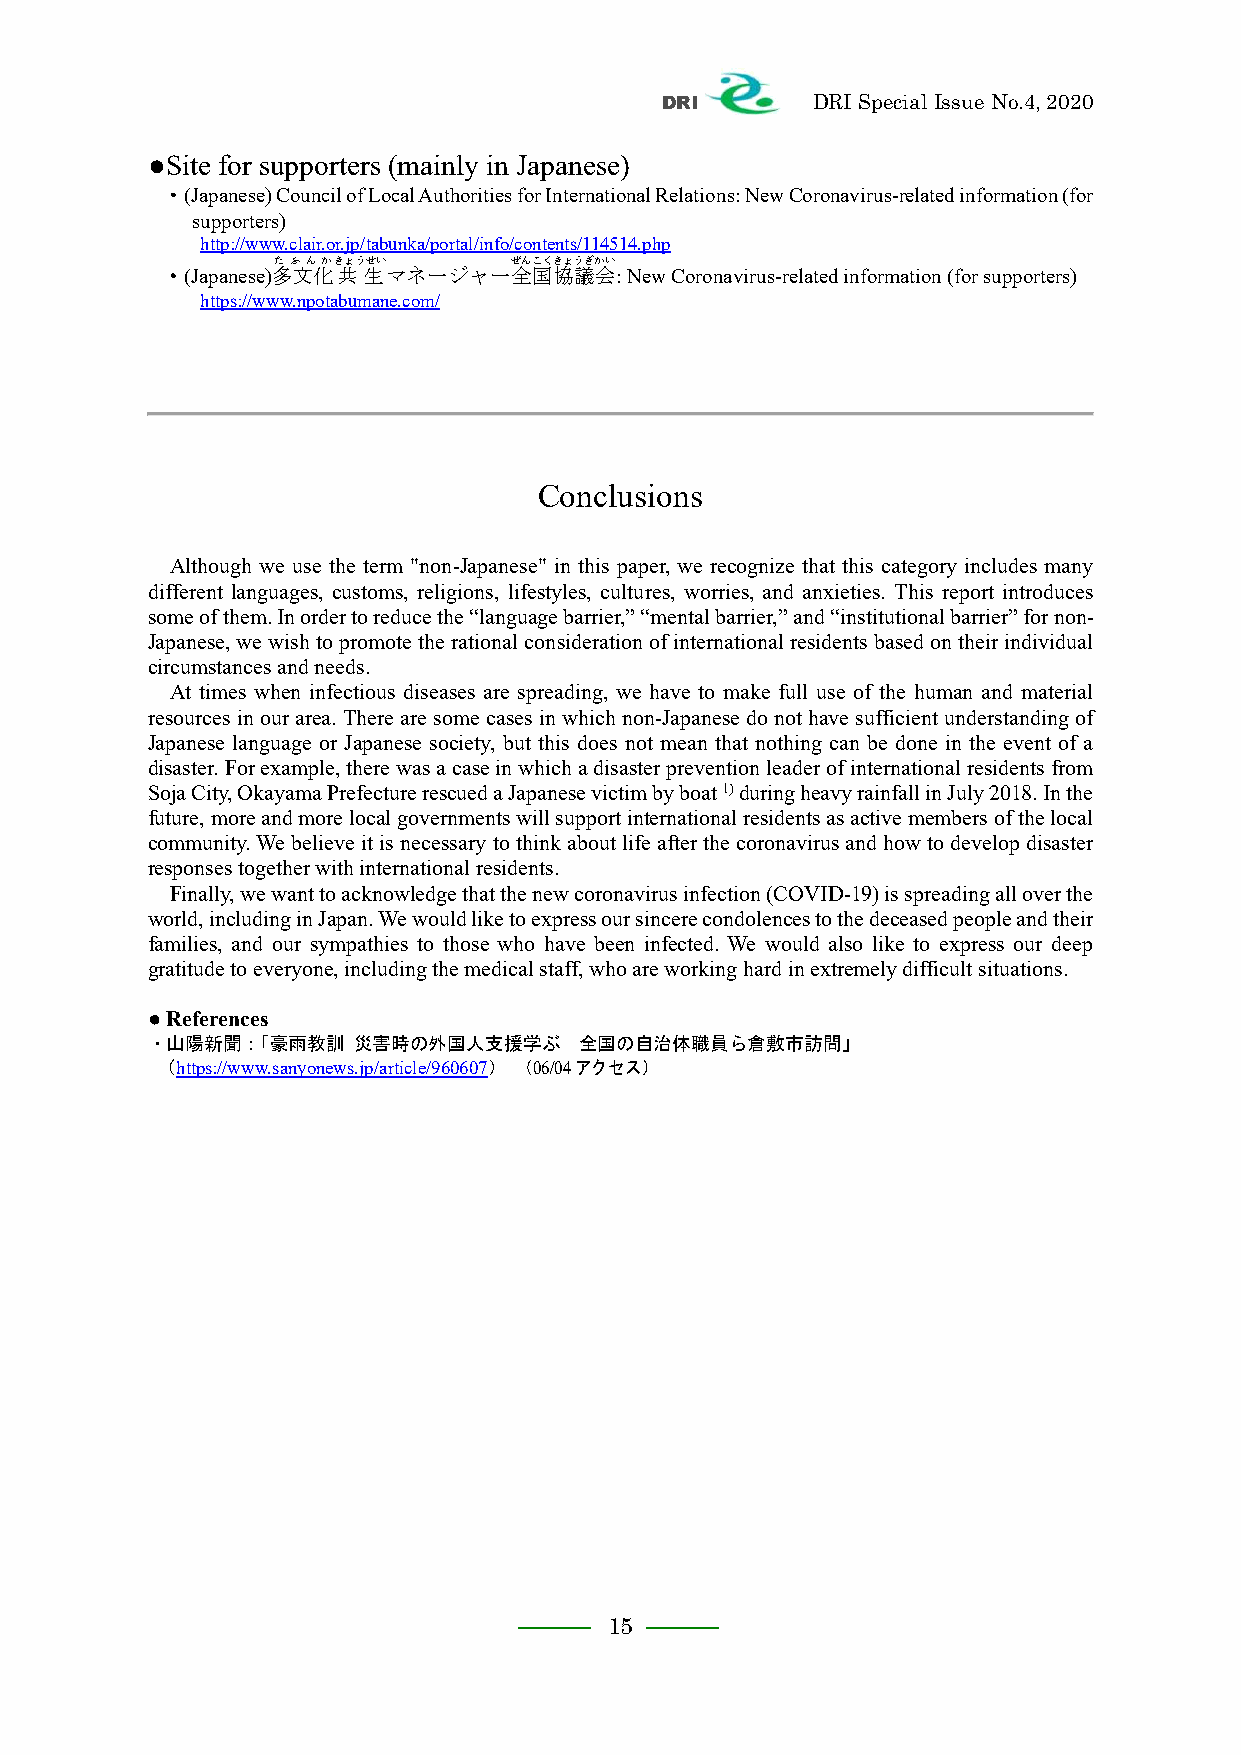
DRI       DRI Special Issue No.4, 2020
 ●Site for supporters (mainly in Japanese)
 ・(Japanese) Council of Local Authorities for International Relations: New Coronavirus-related information (for
 supporters)
 http://www.clair.or.jp/tabunka/portal/info/contents/114514.php
 たぶんかきょうせい       ぜんこくきょうぎかい
 ・(Japanese)多文化共生マネージャー全国協議会:  New Coronavirus-related information (for supporters)
 https://www.npotabumane.com/
 Conclusions
 Although we use the term "non-Japanese" in this paper, we recognize that this category includes many
 different languages, customs, religions, lifestyles, cultures, worries, and anxieties. This report introduces
 some of them. In order to reduce the “language barrier,” “mental barrier,” and “institutional barrier” for non-
 Japanese, we wish to promote the rational consideration of international residents based on their individual
 circumstances and needs.
 At times when infectious diseases are spreading, we have to make full use of the human and material
 resources in our area. There are some cases in which non-Japanese do not have sufficient understanding of
 Japanese language or Japanese society, but this does not mean that nothing can be done in the event of a
 disaster. For example, there was a case in which a disaster prevention leader of international residents from
 Soja City, Okayama Prefecture rescued a Japanese victim by boat 1) during heavy rainfall in July 2018. In the
 future, more and more local governments will support international residents as active members of the local
 community. We believe it is necessary to think about life after the coronavirus and how to develop disaster
 responses together with international residents.
 Finally, we want to acknowledge that the new coronavirus infection (COVID-19) is spreading all over the
 world, including in Japan. We would like to express our sincere condolences to the deceased people and their
 families, and our sympathies to those who have been infected. We would also like to express our deep
 gratitude to everyone, including the medical staff, who are working hard in extremely difficult situations.
 ● References
 ・山陽新聞：「豪雨教訓  災害時の外国人支援学ぶ    全国の自治体職員ら倉敷市訪問」
 （https://www.sanyonews.jp/article/960607） （06/04アクセス）
 15